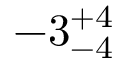
- 3 _ { - 4 } ^ { + 4 }